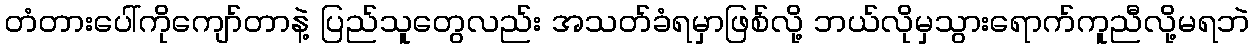
တံတားပေါ်ကိုကျော်တာနဲ့ ပြည်သူတွေလည်း အသတ်ခံရမှာဖြစ်လို့ ဘယ်လိုမှသွားရောက်ကူညီလို့မရဘဲ